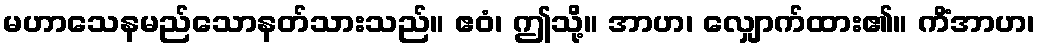
မဟာသေနမည်သောနတ်သားသည်။ ဧဝံ၊ ဤသို့။ အာဟ၊ လျှောက်ထား၏။ ကိံအာဟ၊